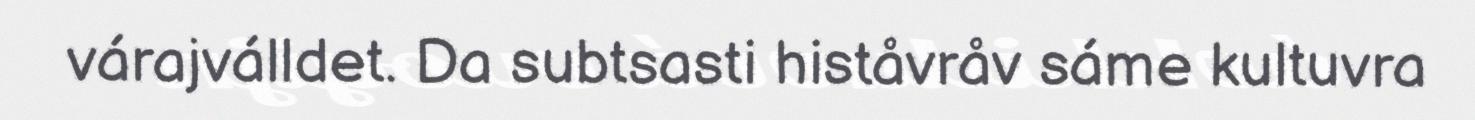
várajválldet. Da subtsasti histåvråv sáme kultuvra